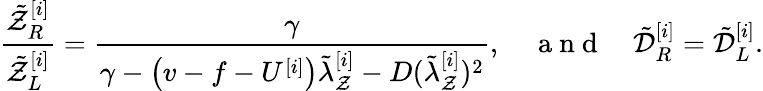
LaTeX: \frac{\tilde{\mathcal{Z}}_{R}^{[i]}}{\tilde{\mathcal{Z}}_{L}^{[i]}}=\frac{\gamma}{\gamma-\left(v-f-U^{[i]}\right)\tilde{\lambda}_{\mathcal{Z}}^{[i]}-D(\tilde{\lambda}_{\mathcal{Z}}^{[i]})^{2}},\quad\mathrm{~a~n~d~}\quad\tilde{\mathcal{D}}_{R}^{[i]}=\tilde{\mathcal{D}}_{L}^{[i]}.